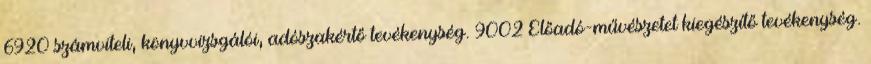
6920 számviteli, könyvvizsgálói, adószakértő tevékenység. 9002 Előadó-művészetet kiegészítő tevékenység.